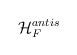
\begin{align*}\mathcal{H}_{F}^{antis}\end{align*}